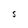
Character: S